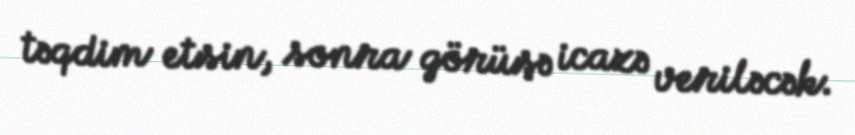
təqdim etsin, sonra görüşə icazə veriləcək.